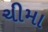
ચીમા